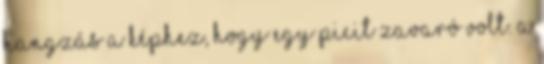
hangzás a képhez, hogy egy picit zavaró volt. A